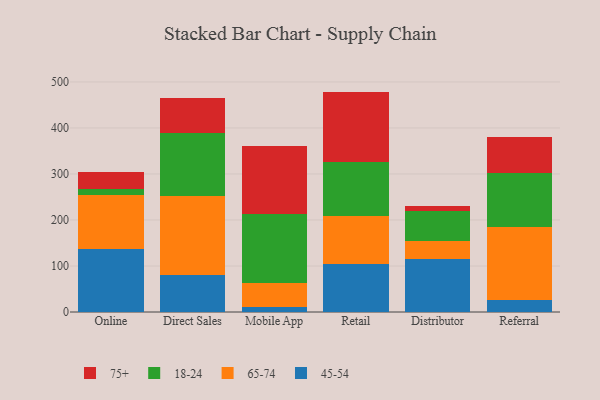
{"axis": {"x": "Channel", "y": "Churn Rate (%)"}, "legend": ["18-24", "45-54", "65-74", "75+"], "data": [{"x": "Online", "y": 136.0, "type": "45-54"}, {"x": "Online", "y": 119.3, "type": "65-74"}, {"x": "Online", "y": 11.4, "type": "18-24"}, {"x": "Online", "y": 38.2, "type": "75+"}, {"x": "Direct Sales", "y": 81.5, "type": "45-54"}, {"x": "Direct Sales", "y": 170.8, "type": "65-74"}, {"x": "Direct Sales", "y": 137.2, "type": "18-24"}, {"x": "Direct Sales", "y": 74.8, "type": "75+"}, {"x": "Mobile App", "y": 9.9, "type": "45-54"}, {"x": "Mobile App", "y": 52.1, "type": "65-74"}, {"x": "Mobile App", "y": 150.8, "type": "18-24"}, {"x": "Mobile App", "y": 149.0, "type": "75+"}, {"x": "Retail", "y": 105.1, "type": "45-54"}, {"x": "Retail", "y": 103.7, "type": "65-74"}, {"x": "Retail", "y": 117.4, "type": "18-24"}, {"x": "Retail", "y": 152.8, "type": "75+"}, {"x": "Distributor", "y": 114.5, "type": "45-54"}, {"x": "Distributor", "y": 38.9, "type": "65-74"}, {"x": "Distributor", "y": 66.7, "type": "18-24"}, {"x": "Distributor", "y": 10.3, "type": "75+"}, {"x": "Referral", "y": 26.2, "type": "45-54"}, {"x": "Referral", "y": 158.7, "type": "65-74"}, {"x": "Referral", "y": 116.9, "type": "18-24"}, {"x": "Referral", "y": 79.5, "type": "75+"}]}